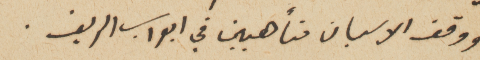
ووقف الاسبان متأهبين في ابواب الريف.